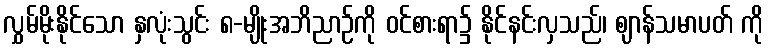
လွှမ်မိုးနိုင်သော နှလုံးသွင်း ၈-မျိုးအဘိညာဉ်ကို ဝင်စားရာ၌ နိုင်နင်းလှသည်၊ ဈာန်သမာပတ် ကို